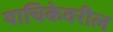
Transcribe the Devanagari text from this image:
याचिकेवरील